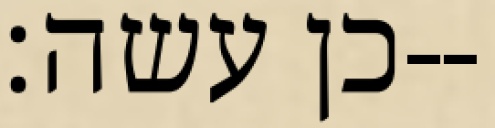
כן עשה׃--